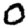
Digit: 0